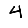
Digit: 4